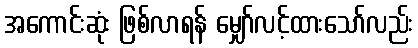
အကောင်းဆုံး ဖြစ်လာရန် မျှော်လင့်ထားသော်လည်း